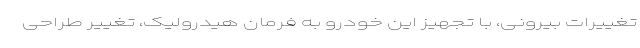
تغییرات بیرونی، با تجهیز این خودرو به فرمان هیدرولیک، تغییر طراحی